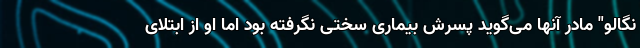
نگالو" مادر آنها می‌گوید پسرش بیماری سختی نگرفته بود اما او از ابتلای